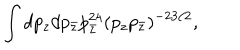
{ \int d p _ { z } d p _ { \bar { z } } p _ { \bar { z } } ^ { 2 4 } ( p _ { z } p _ { \bar { z } } ) ^ { - 2 3 / 2 } , }